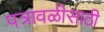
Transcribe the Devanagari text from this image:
पत्रावळीसाठी